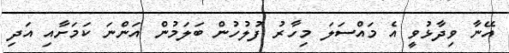
އޭނާ ވިދާޅުވީ އެ މައްސަލަ މިހާރު ފުލުހުން ބަލަމުން އަންނަ ކަމަށާއި އަދި